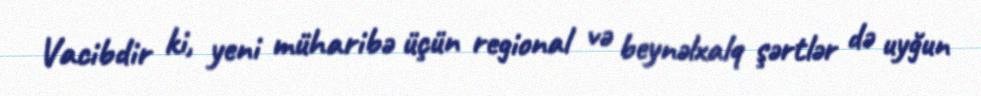
Vacibdir ki, yeni müharibə üçün regional və beynəlxalq şərtlər də uyğun